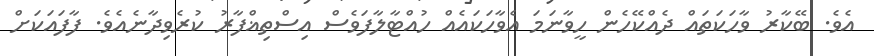
އެވެ. ބޭކާރު ވާހަކަތައް ދެއްކޭހެން ހީވާނަމަ އެވާހަކައެއް ހުއްޓާލާފަވެސް އިސްތިޣްފާރު ކުރެވިދާނެއެވެ. ފާފައަކަށް